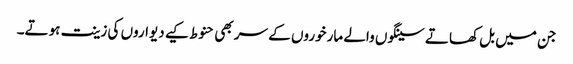
جن میں بل کھاتے سینگوں والے مارخوروں کے سر بھی حنوط کیے دیواروں کی زینت ہوتے۔